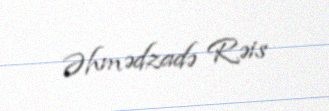
Əhmədzadə Rəis